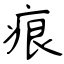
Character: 痕